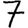
Digit: 7